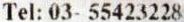
TEL: 03- 55423228